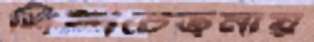
শিল্পচেতনায়